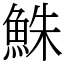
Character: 鮢